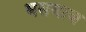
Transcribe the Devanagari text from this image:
भसमाज